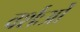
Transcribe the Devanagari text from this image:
वर्शःओं